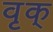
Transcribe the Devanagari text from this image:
वृक्